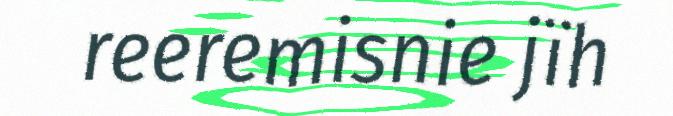
reeremisnie jïh